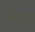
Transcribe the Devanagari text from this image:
सजवत